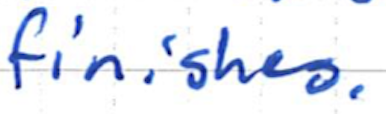
Text: finishes.
Cross-out: clean
Writing tool: ballpoint